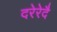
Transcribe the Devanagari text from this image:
दरेरेदै